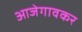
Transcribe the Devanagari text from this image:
आजेगावकर